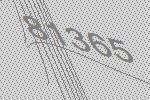
81365